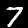
Digit: 7